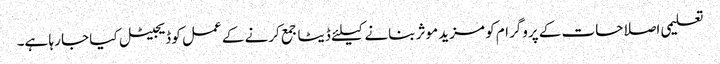
تعلیمی اصلاحات کے پروگرام کو مزید موثر بنانے کیلئے ڈیٹا جمع کرنے کے عمل کو ڈیجیٹل کیا جا رہا ہے۔